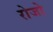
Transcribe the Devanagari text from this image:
रोजो